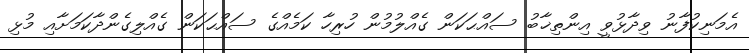
އެމަނިކުފާނު ވިދާޅުވީ އިންތިޚާބު ސައްޙަކަން ގެއްލުމުން ހުރިހާ ކަމެއްގެ ސައްޙަކަން ގެއްލިގެންދާކަމަށާއި މުޅި